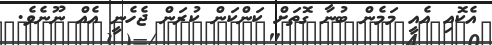
އެކޮއި އެއީ މަމެން ބުނާ ގޮތަށް ކަންކަން ކުރަން ޖެހެނީ އެއް ނޫނެވެ.